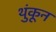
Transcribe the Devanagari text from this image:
थुंकून